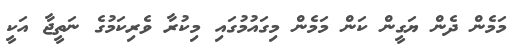
މަމެން ދެން ޔަގީން ކަން މަމެން މިގައުމުގައި މިކުރާ ވެރިކަމުގެ ނަތީޖާ އަކީ